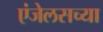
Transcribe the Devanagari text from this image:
एंजेलसच्या